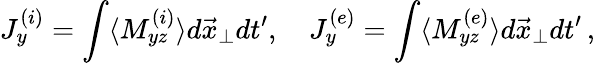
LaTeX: J_{y}^{(i)}=\int\langle M_{yz}^{(i)}\rangle d\vec{x}_{\perp}dt^{\prime},\quad J_{y}^{(e)}=\int\langle M_{yz}^{(e)}\rangle d\vec{x}_{\perp}dt^{\prime}\, ,